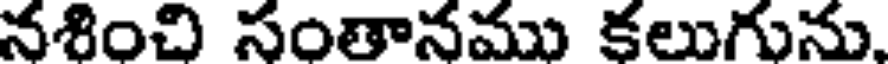
నశించి సంతానము కలుగును,